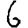
Digit: 6